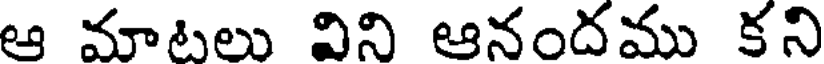
ఆ మాటలు విని ఆనందము కని